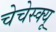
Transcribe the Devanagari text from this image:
चेचेस्क्यू